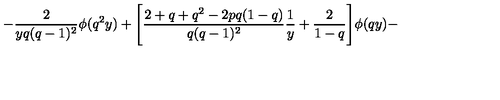
- \frac { 2 } { y q ( q - 1 ) ^ { 2 } } \phi ( q ^ { 2 } y ) + \Bigg [ \frac { 2 + q + q ^ { 2 } - 2 p q ( 1 - q ) } { q ( q - 1 ) ^ { 2 } } \frac { 1 } { y } + \frac { 2 } { 1 - q } \Bigg ] \phi ( q y ) -